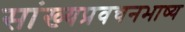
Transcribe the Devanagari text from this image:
सांख्यप्रवचनभाष्य